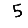
Digit: 5